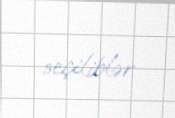
seçiliblər.